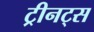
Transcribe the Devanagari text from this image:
ट्रीनट्स